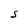
Character: S